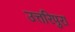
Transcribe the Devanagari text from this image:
उत्तरिपुरा